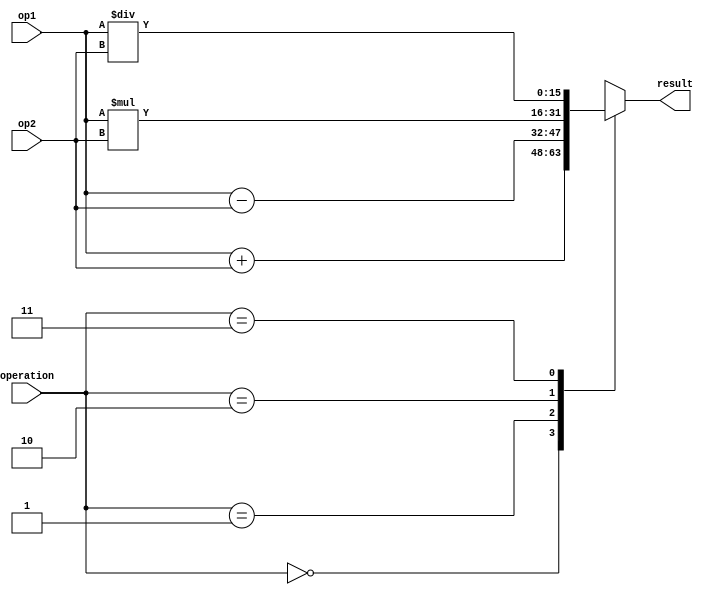
module half_precision_float_unit (
  input [15:0] op1,
  input [15:0] op2,
  input [1:0] operation,
  output reg [15:0] result
);

// Functional blocks for addition, subtraction, multiplication, and division operations
always @(*)
begin
  case(operation)
    2'b00: result = op1 + op2; // addition
    2'b01: result = op1 - op2; // subtraction
    2'b10: result = op1 * op2; // multiplication
    2'b11: result = op1 / op2; // division
  endcase
end

endmodule